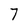
Character: 7